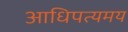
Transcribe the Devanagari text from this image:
आधिपत्यमय